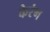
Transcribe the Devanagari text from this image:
केरंग